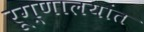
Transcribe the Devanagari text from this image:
रूग्णालयांत